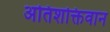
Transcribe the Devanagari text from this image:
अतिशक्तिवान